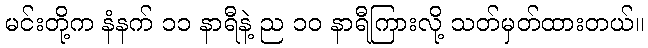
မင်းတို့က နံနက် ၁၁ နာရီနဲ့ ည ၁၀ နာရီကြားလို့ သတ်မှတ်ထားတယ်။